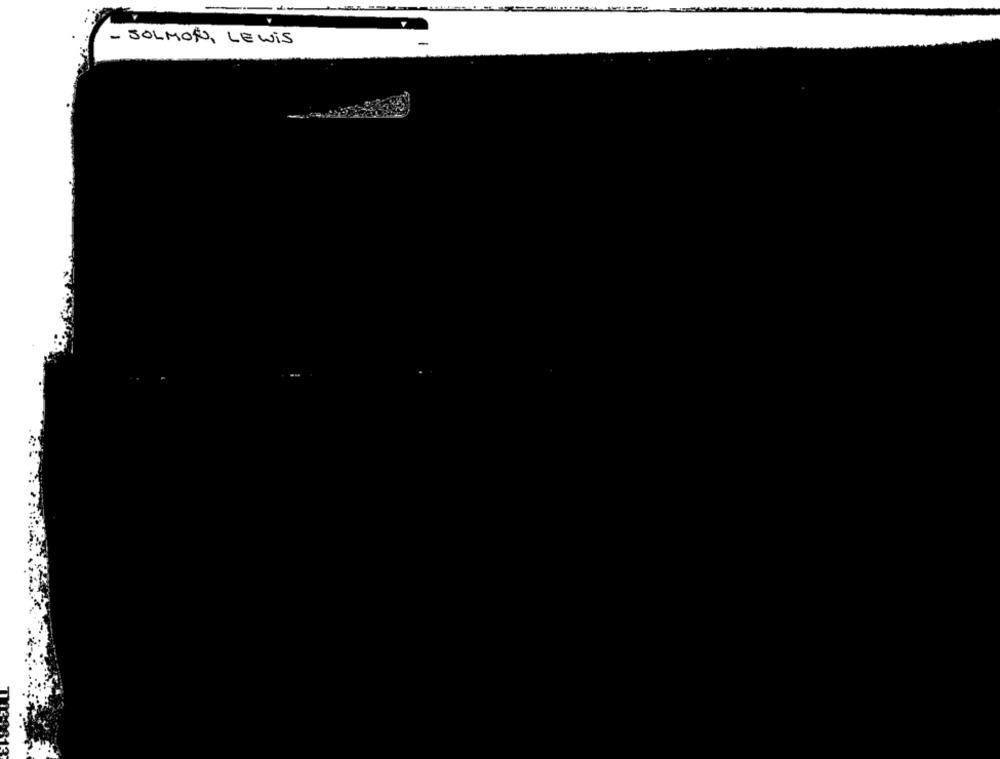
- SOLMON, LEWIS